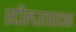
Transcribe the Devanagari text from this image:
स्टीलउत्पादक